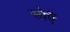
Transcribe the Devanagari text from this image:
सोएँ